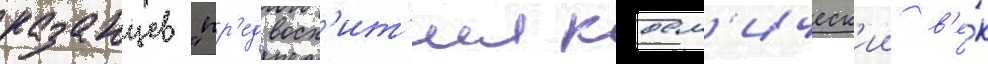
казанцев "пр'едвосх'ит'ил косм'ическ'ии в'е́к